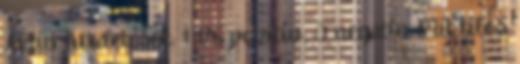
Aktív hirdetések: 1 175 pozitív, 0 negatív Mit tilos